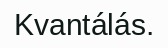
Kvantálás.